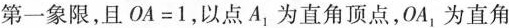
第一象限，且$$OA=1$$，以点A_{1}为直角顶点，OA_{1}为直角